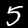
Digit: 5